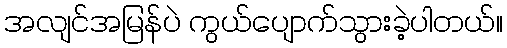
အလျင်အမြန်ပဲ ကွယ်ပျောက်သွားခဲ့ပါတယ်။